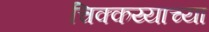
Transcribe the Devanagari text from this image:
चिक्कय्याच्या